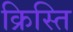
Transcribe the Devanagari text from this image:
क्रिस्ति